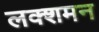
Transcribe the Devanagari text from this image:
लक्शमन